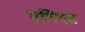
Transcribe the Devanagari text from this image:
एलिएड